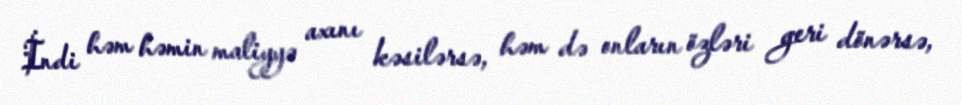
İndi həm həmin maliyyə axını kəsilərsə, həm də onların özləri geri dönərsə,